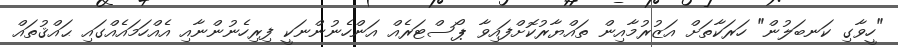
"ހީވާގި ކަނބަލުން" ހަރަކާތަށް އަޒުރުމާއިން ތައްޔާރުކޮށްފައިވާ ޕޯސްޓަރެއް އަންހެނުންނަކީ ފިރިހެނުންނާއި އެއްހަމައެއްގައި ޙައްޤުތައް